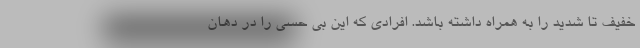
خفیف تا شدید را به همراه داشته باشد. افرادی که این بی حسی را در دهان